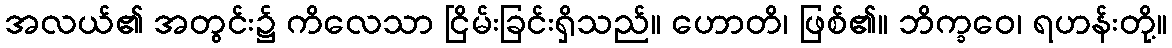
အလယ်၏ အတွင်း၌ ကိလေသာ ငြိမ်းခြင်းရှိသည်။ ဟောတိ၊ ဖြစ်၏။ ဘိက္ခဝေ၊ ရဟန်းတို့။